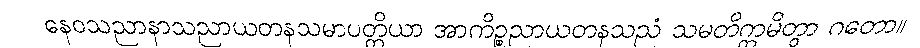
နေဝသညာနာသညာယတနသမာပတ္တိယာ အာကိဉ္စညာယတနသညံ သမတိက္ကမိတွာ ဂတော။